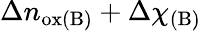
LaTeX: \Delta n_{\mathrm{ox(B)}}+\Delta\chi_{\mathrm{(B)}}